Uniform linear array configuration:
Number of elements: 64
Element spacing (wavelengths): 0.25
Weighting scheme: blackman
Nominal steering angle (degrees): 45
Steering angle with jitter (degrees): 44.293
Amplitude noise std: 0.05
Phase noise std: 0.05

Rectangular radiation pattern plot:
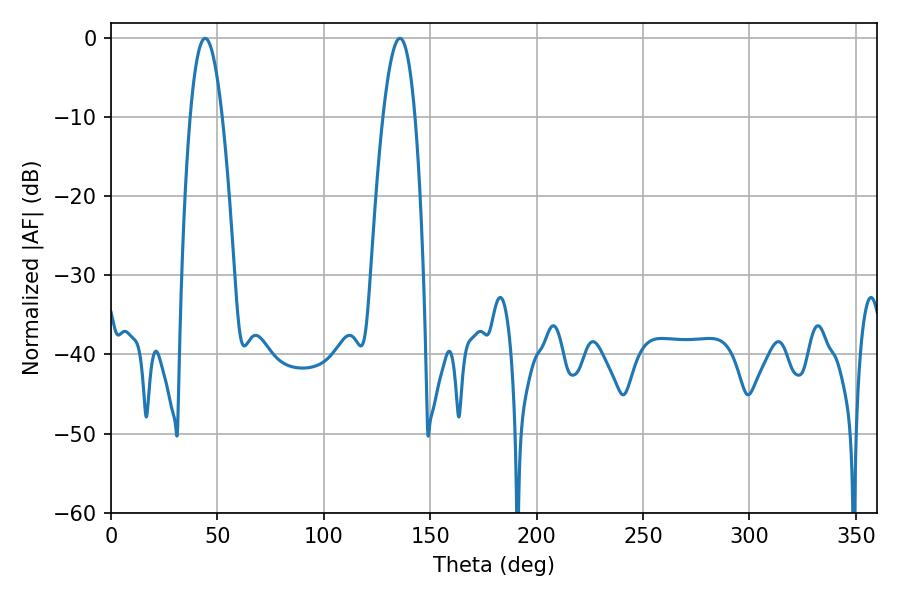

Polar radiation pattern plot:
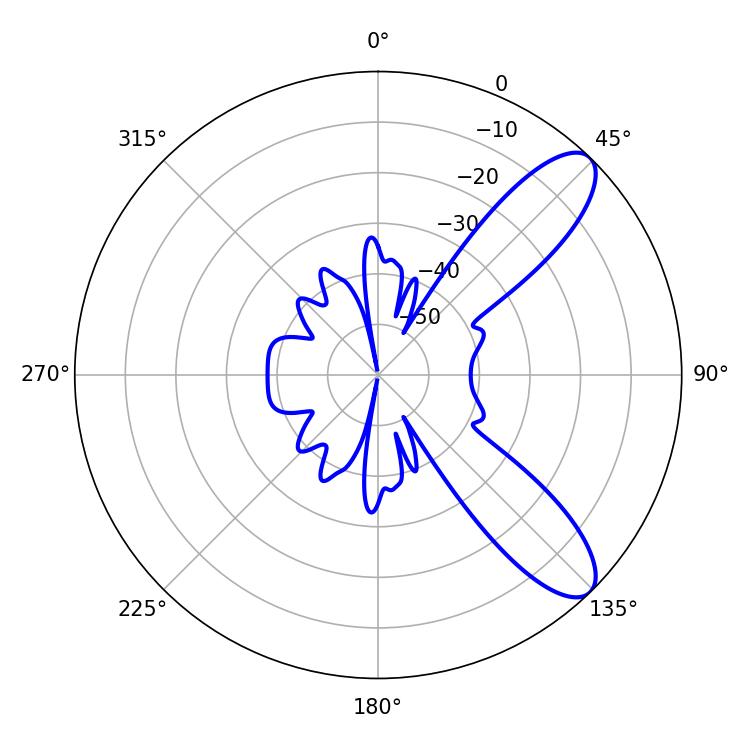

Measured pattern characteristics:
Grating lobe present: FALSE
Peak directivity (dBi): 9.637
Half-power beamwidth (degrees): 8.28
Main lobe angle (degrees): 44.28